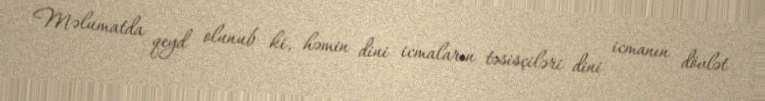
Məlumatda qeyd olunub ki, həmin dini icmaların təsisçiləri dini icmanın dövlət